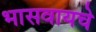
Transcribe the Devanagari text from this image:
भासवायचे